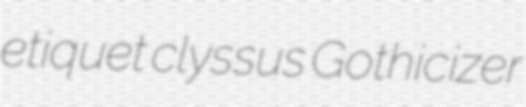
etiquet clyssus Gothicizer